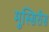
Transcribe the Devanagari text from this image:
मुस्सिरीस